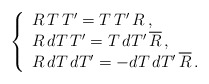
\begin{align*}\left\{ \begin{array}{l}R\,T\,T'=T\,T'\,R\,, \\R\,dT\,T'=T\,dT'\,\overline{R}\,, \\R\,dT\,dT'=-dT\,dT'\,\overline{R}\,.\end{array} \right.\end{align*}